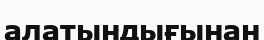
алатындығынан